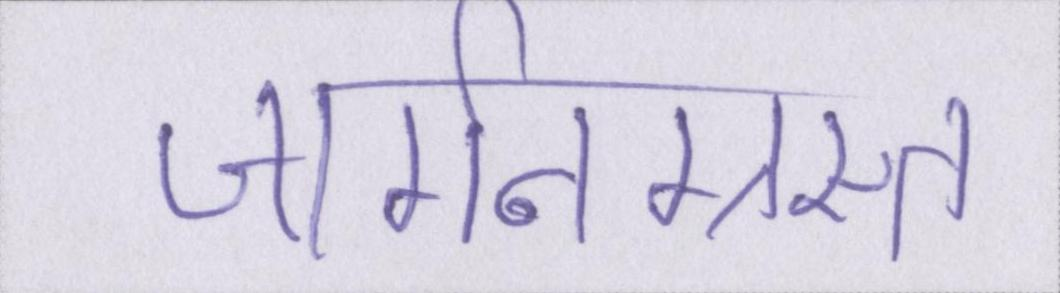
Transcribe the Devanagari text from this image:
जार्गनग्रस्त